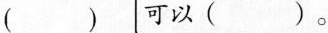
()可以( )。